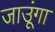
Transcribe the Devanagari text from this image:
जाउूंगा